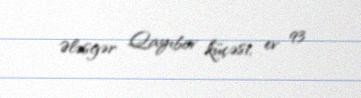
Ələsgər Qayıbov küçəsi, ev 93